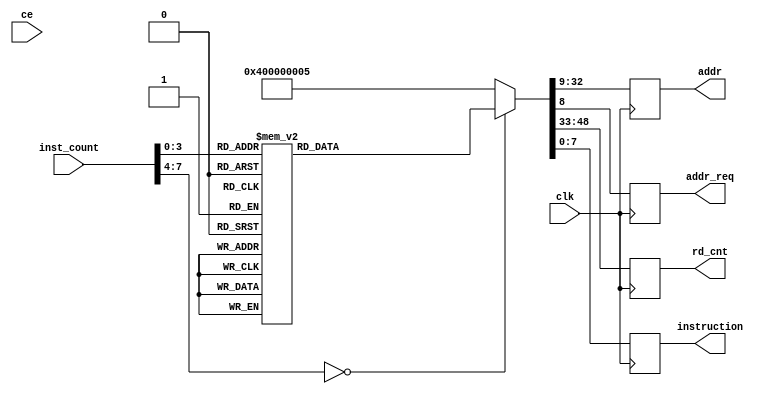

module rom(
    input wire clk,
    input wire ce,
    input  wire [7:0] inst_count,
    output reg [7:0]  instruction,
    output reg [23:0] addr,
    output reg addr_req,
    output reg [15:0] rd_cnt
    );
 
 always @(posedge clk) begin
    case(inst_count)
	8'd0 : begin 
    instruction <= 8'h90;  addr_req <= 1'b1; 
    addr <= 24'h000000; rd_cnt <= 16'd2; end  // READ_ID
    8'd1 : begin 
    instruction <= 8'h9F;  addr_req <= 1'b0; 
    addr <= 24'h000000; rd_cnt <= 16'd81; end  // RDID
	8'd2 : begin 
    instruction <= 8'h05;  addr_req <= 1'b0; 
    addr <= 24'h000000;  rd_cnt <= 16'd2; end  // RDSR1
    8'd3 : begin 
    instruction <= 8'h35;addr_req <= 1'b0; 
    addr <= 24'h000000;  rd_cnt <= 16'd2; end  // RDCR
	8'd4 : begin 
    instruction <= 8'h03; addr_req <= 1'b1; 
    addr <= 24'h800000; rd_cnt <= 16'd32; end  // READ
    8'd5 : begin 
    instruction <= 8'h06; addr_req <= 1'b0; 
    addr <= 24'h000000;  rd_cnt <= 16'd0; end  // WREN
    8'd6 : begin 
    instruction <= 8'h05;  addr_req <= 1'b0; 
    addr <= 24'h000000;  rd_cnt <= 16'd2; end  // RDSR1
	8'd7 : begin 
    instruction <= 8'hd8;  addr_req <= 1'b1; 
    addr <= 24'h800000; rd_cnt <= 16'd64; end  // SE
    8'd8 : begin 
    instruction <= 8'h05;  addr_req <= 1'b0; 
    addr <= 24'h000000;  rd_cnt <= 16'd2; end  // RDSR1
    8'd9 : begin 
    instruction <= 8'h03; addr_req <= 1'b1; 
    addr <= 24'h800000;  rd_cnt <= 16'd32; end  // READ
    8'd10: begin 
    instruction <= 8'h06;  addr_req <= 1'b0; 
    addr <= 24'h000000; rd_cnt <= 16'd0; end  // WREN
	8'd11: begin 
    instruction <= 8'h02; addr_req <= 1'b1; 
    addr <= 24'h800000; rd_cnt <= 16'd0; end  // PP
    8'd12: begin 
    instruction <= 8'h05;  addr_req <= 1'b0; 
    addr <= 24'h000000;  rd_cnt <= 16'd2; end  // RDSR1
	8'd13: begin 
    instruction <= 8'h03;  addr_req <= 1'b1; 
    addr <= 24'h800000; rd_cnt <= 16'd32; end  // READ
	default : begin 
    instruction <= 8'h05;  addr_req <= 1'b0; 
    addr <= 24'h000000;  rd_cnt <= 16'd2; end  // RDSR1
	endcase
end
    
endmodule